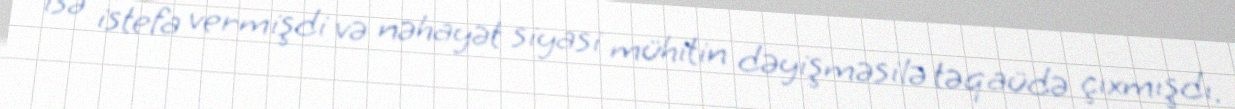
isə istefa vermişdi və nəhayət siyasi mühitin dəyişməsilə təqaüdə çıxmışdı.